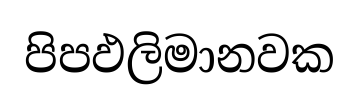
පිපඵලිමානවක